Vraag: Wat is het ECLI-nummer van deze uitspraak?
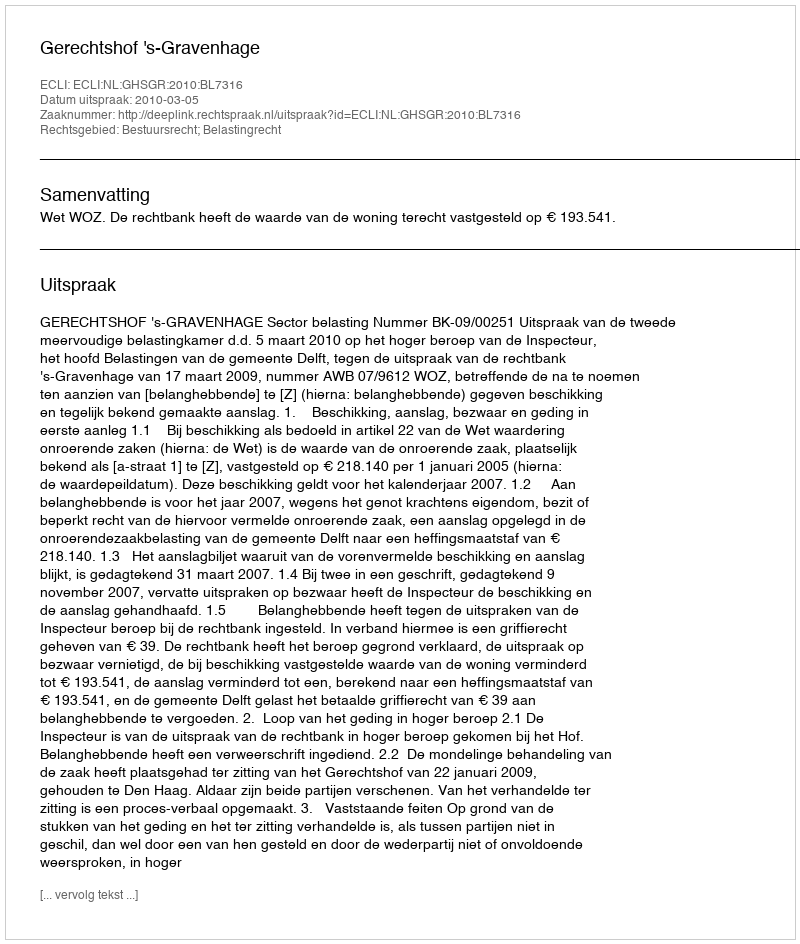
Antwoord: ECLI:NL:GHSGR:2010:BL7316